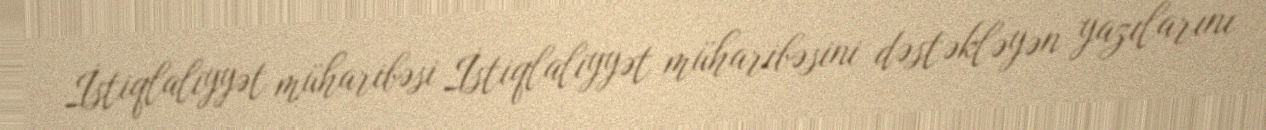
İstiqlaliyyət müharibəsi İstiqlaliyyət müharibəsini dəstəkləyən yazılarını